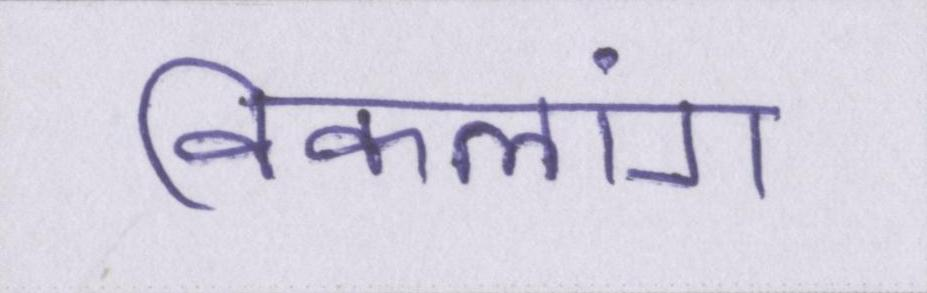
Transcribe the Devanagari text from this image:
विकलांग